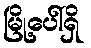
မြို့ပေါ်ရှိ